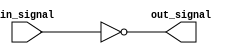
module not_gate (
    input wire in_signal,
    output reg out_signal
);

    always @*
    begin
        out_signal = ~in_signal;
    end
endmodule